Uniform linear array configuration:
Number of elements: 16
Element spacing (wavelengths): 1
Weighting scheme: hamming
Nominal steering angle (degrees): -60
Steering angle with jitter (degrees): -58.683
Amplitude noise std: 0.05
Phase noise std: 0.05

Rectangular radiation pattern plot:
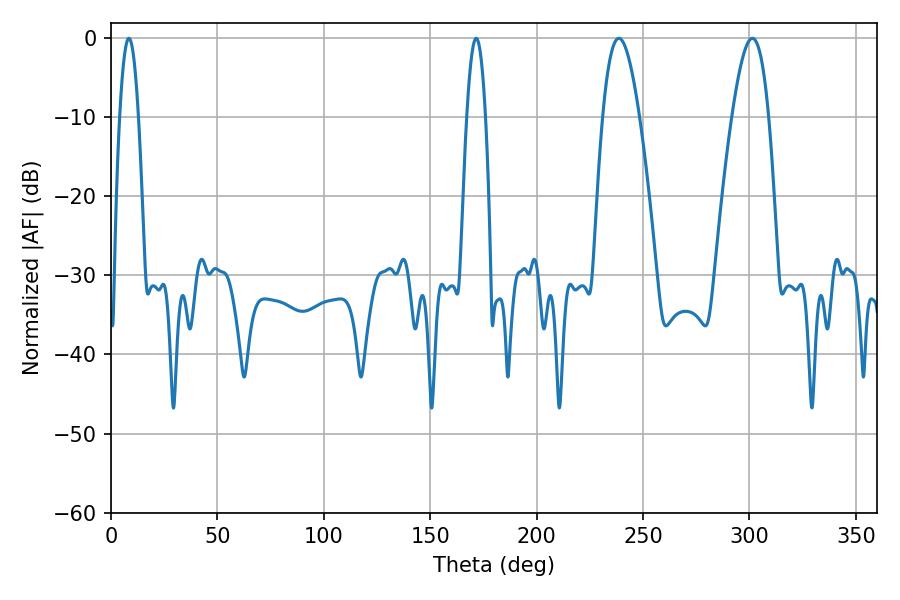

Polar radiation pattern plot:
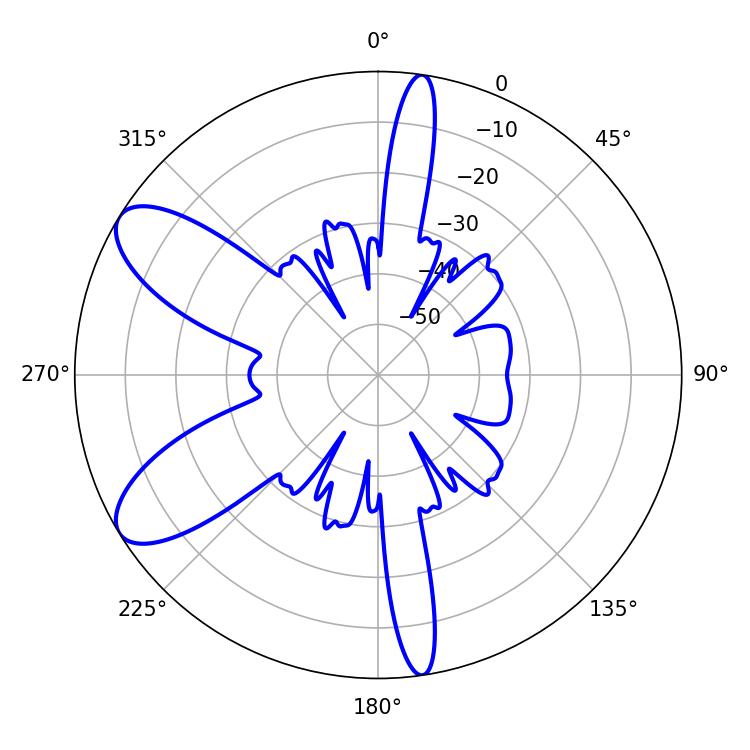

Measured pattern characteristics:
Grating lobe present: TRUE
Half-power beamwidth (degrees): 9.54
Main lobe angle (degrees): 238.68